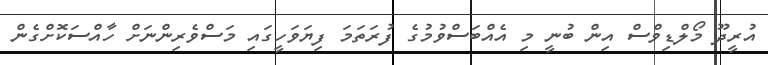
އުރީދޫ މޯލްޑިވްސް އިން ބުނީ މި އެއްބަސްވުމުގެ ފުރަތަމަ ފިޔަވަހީގައި މަސްވެރިންނަށް ހާއްސަކޮށްގެން